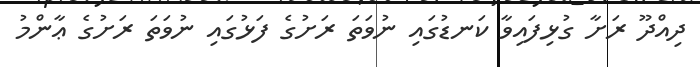
ދިއްދޫ ރަށާ ގުޅިފައިވާ ކަނޑުގައި ނުވަތަ ރަށުގެ ފަޅުގައި ނުވަތަ ރަށުގެ ޢާންމު